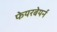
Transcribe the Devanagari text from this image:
फेयरबेयर्न